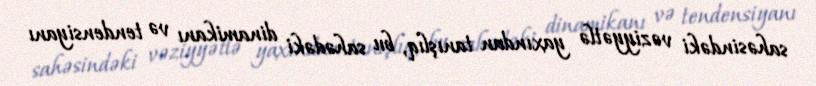
sahəsindəki vəziyyətlə yaxından tanışlıq, bu sahədəki dinamikanı və tendensiyanı